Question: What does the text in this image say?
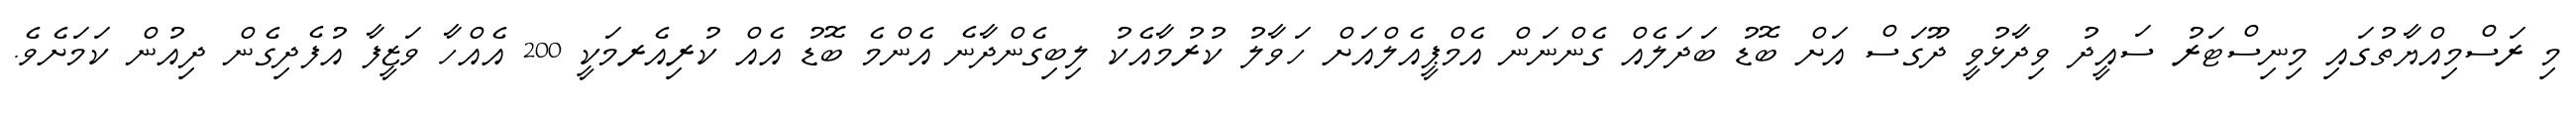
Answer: މި ރަސްމިއްޔާތުގައި މިނިސްޓަރު ސައީދު ވިދާޅުވީ ދޫގަސް އަށް ބޮޑު ބަދަލެއް ގެންނަން އެމްޕީއެލްއަށް ހަވާލު ކުރުމާއެކު ލިބިގެންދާނެ އެންމެ ބޮޑު އެއް ކުރިއެރމަކީ 200 އެއްހާ ވަޒީފާ އުފެދިގެން ދިއުން ކަމަށެވެ.